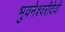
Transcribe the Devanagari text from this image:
भुवनेश्वरीदेवी